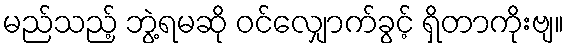
မည်သည့် ဘွဲ့ရမဆို ဝင်လျှောက်ခွင့် ရှိတာကိုးဗျ။